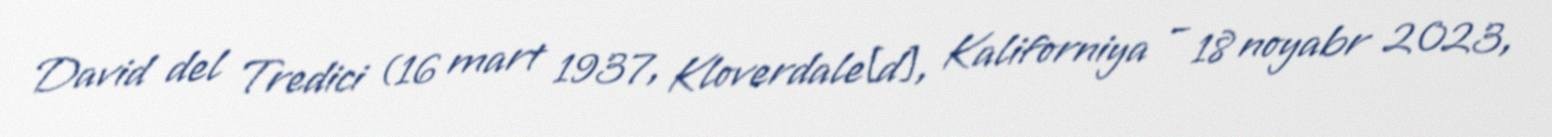
David del Tredici (16 mart 1937, Kloverdale[d], Kaliforniya – 18 noyabr 2023,